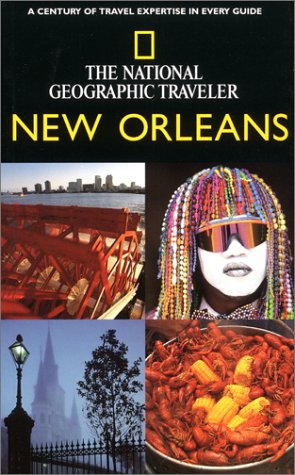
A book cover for National Geographic Traveler: New Orleans; Mark Miller; Travel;